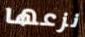
نزعها